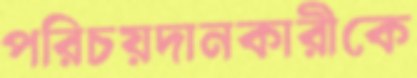
পরিচয়দানকারীকে